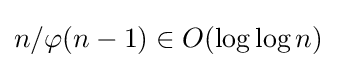
n/\varphi (n-1)\in O(\log \log n)